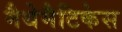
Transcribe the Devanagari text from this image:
मैथेमैटिकेस